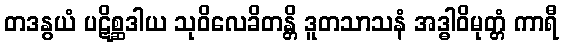
တဒနွယံ ပဋိစ္ဆဒါယ သုဝိလေခိတန္တိ ဒူတသာသနံ အဒ္ဓါဝိမုတ္တံ ကာရီ